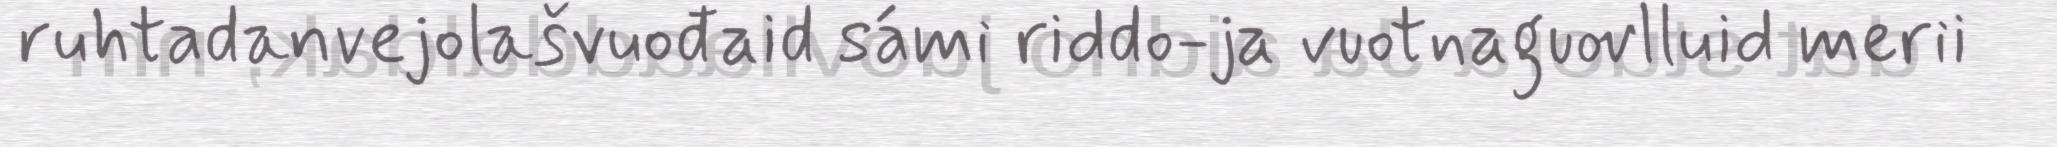
ruhtadanvejolašvuođaid sámi riddo-ja vuotnaguovlluid merii